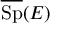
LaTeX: { \overline { { \operatorname { S p } } } } ( E )